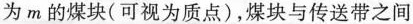
为m的煤块(可视为质点)，煤块与传送带之间